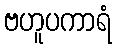
ဗဟူပကာရံ